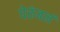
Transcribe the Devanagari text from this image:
पेरुंबलं